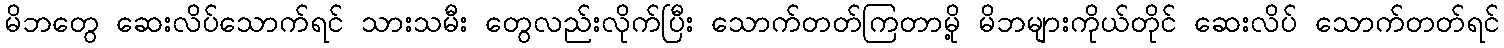
မိဘတွေ ဆေးလိပ်သောက်ရင် သားသမီး တွေလည်းလိုက်ပြီး သောက်တတ်ကြတာမို့ မိဘများကိုယ်တိုင် ဆေးလိပ် သောက်တတ်ရင်